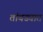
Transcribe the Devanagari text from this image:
तांबड्यात